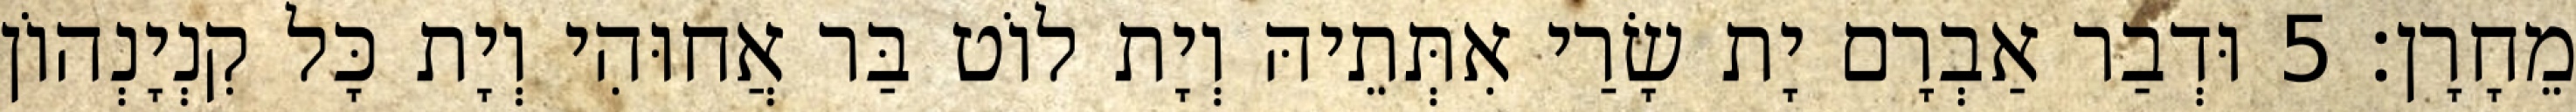
מֵחָרָן׃ 5 וּדְבַר אַבְרָם יָת שָׂרַי אִתְּתֵיהּ וְיָת לוֹט בַּר אֲחוּהִי וְיָת כָּל קִנְיָנְהוֹן